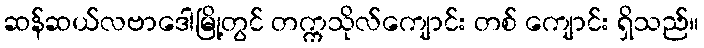
ဆန်ဆယ်လဗာဒေါမြို့တွင် တက္ကသိုလ်ကျောင်း တစ် ကျောင်း ရှိသည်။